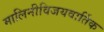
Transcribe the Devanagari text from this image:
मालिनीविजयवार्तिक